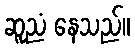
ဆူညံ နေသည်။